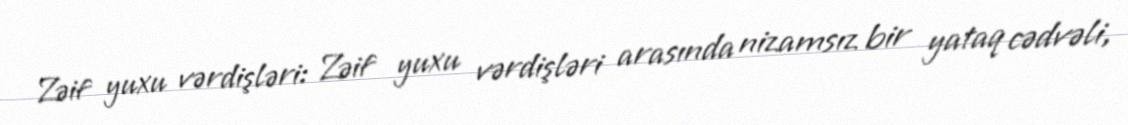
Zəif yuxu vərdişləri: Zəif yuxu vərdişləri arasında nizamsız bir yataq cədvəli,